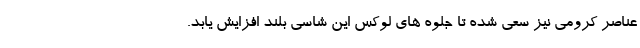
عناصر کرومی نیز سعی شده تا جلوه های لوکس این شاسی بلند افزایش یابد.